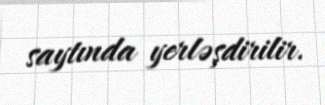
saytında yerləşdirilir.